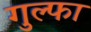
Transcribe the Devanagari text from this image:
गुल्फा